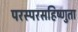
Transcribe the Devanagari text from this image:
परस्परसहिष्णुता